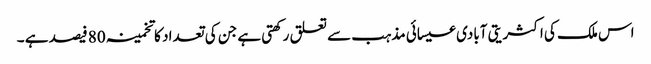
اس ملک کی اکثریتی آبادی عیسائی مذہب سے تعلق رکھتی ہے جن کی تعداد کا تخمینہ 80 فیصد ہے ۔